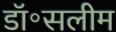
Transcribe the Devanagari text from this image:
डॉ॰सलीम